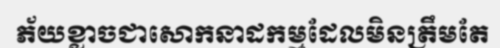
ភ័យខ្លាចជាសោកនាដកម្មដែលមិនត្រឹមតែ